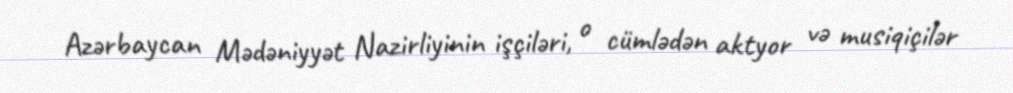
Azərbaycan Mədəniyyət Nazirliyinin işçiləri, o cümlədən aktyor və musiqiçilər